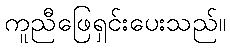
ကူညီဖြေရှင်းပေးသည်။